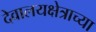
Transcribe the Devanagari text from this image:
देवालयक्षेत्राच्या